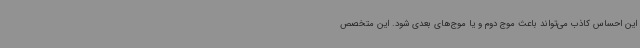
این احساس کاذب می‌تواند باعث موج دوم و یا موج‌های بعدی شود. این متخصص